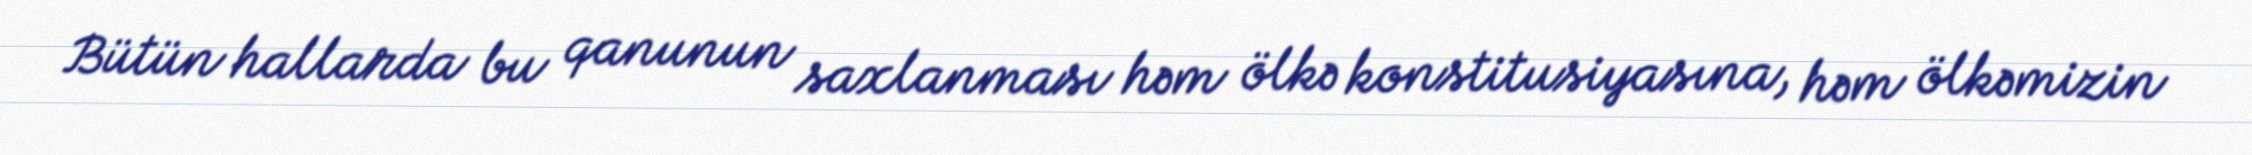
Bütün hallarda bu qanunun saxlanması həm ölkə konstitusiyasına, həm ölkəmizin